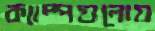
ক্যাম্পগুলোয়